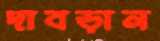
দাবড়ান